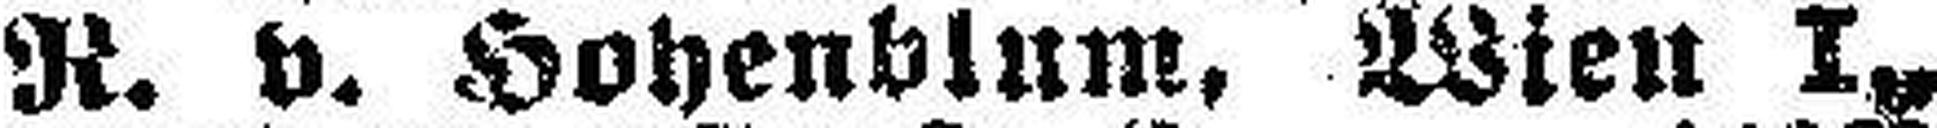
R. v. Hohenblum, Wien I.,